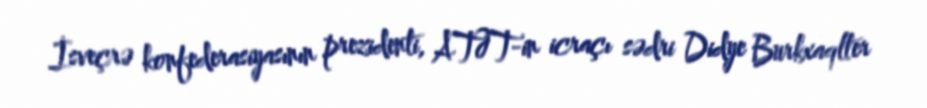
İsveçrə konfederasiyasının prezidenti, ATƏT-in icraçı sədri Didye Burkxaqlter